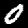
Digit: 0